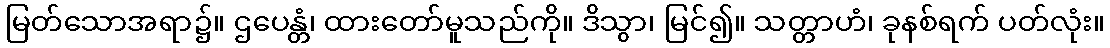
မြတ်သောအရာ၌။ ဌပေန္တံ၊ ထားတော်မူသည်ကို။ ဒိသွာ၊ မြင်၍။ သတ္တာဟံ၊ ခုနစ်ရက် ပတ်လုံး။